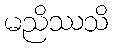
မညိဿသိ